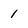
Character: 1